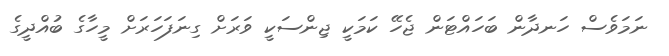
ނަމަވެސް ހަނދާން ބަހައްޓަން ޖެހޭ ކަމަކީ ޖިންސަކީ ވަރަށް ގިނަފަހަރަށް މީހާގެ ބުއްދީގެ